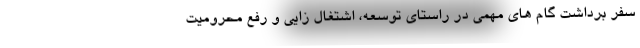
سفر برداشت گام های مهمی در راستای توسعه، اشتغال زایی و رفع محرومیت